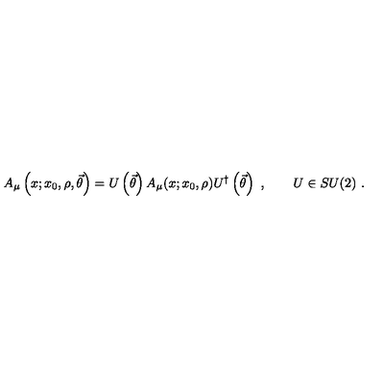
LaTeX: A _ { \mu } \left( x ; x _ { 0 } , \rho , \vec { \theta } \right) = U \left( \vec { \theta } \right) A _ { \mu } ( x ; x _ { 0 } , \rho ) U ^ { \dagger } \left( \vec { \theta } \right) \ , \qquad U \in S U ( 2 ) \ .